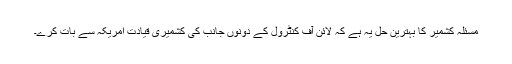
مسئلہ کشمیر کا بہترین حل یہ ہے کہ لائن آف کنٹرول کے دونوں جانب کی کشمیری قیادت امریکہ سے بات کرے۔